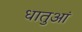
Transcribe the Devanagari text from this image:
धातुआं